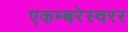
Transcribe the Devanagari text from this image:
एकम्बरेस्वरर